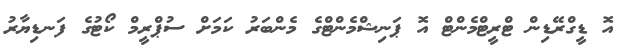
އޮ ޑީގްރޭޑިން ޓްރީޓްމެންޓް އޮ ޕަނިޝްމެންޓްގެ މެންބަރު ކަމަށް ސުޕްރީމް ކޯޓުގެ ފަނޑިޔާރު